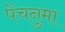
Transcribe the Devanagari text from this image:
पेंचनुमा